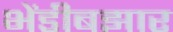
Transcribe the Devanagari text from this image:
भेंडीबझार